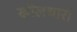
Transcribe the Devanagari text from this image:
खोलधारी